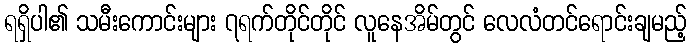
ရရှိပါ၏ သမီးကောင်းများ ၇ရက်တိုင်တိုင် လူနေအိမ်တွင် လေလံတင်ရောင်းချမည့်